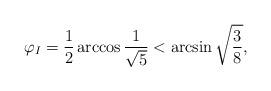
LaTeX: \begin{align*}\varphi_I=\frac12\arccos\frac1{\sqrt{5}}<\arcsin \sqrt{\frac{3}{8}},\end{align*}